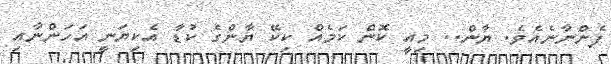
ފެންނާނެއެވެ. ޔާން.. މިއީ ކޮން ކަމެއް ކިކޭ ޔާންގެ ކުޑާ އެކިޔަނީ އަހަންނާއި